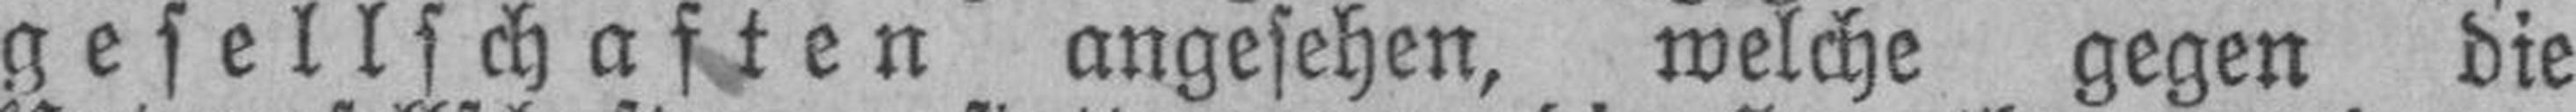
gesellschaften angesehen, welche gegen die